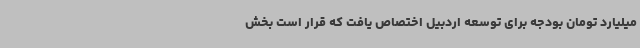
میلیارد تومان بودجه برای توسعه اردبیل اختصاص یافت که قرار است بخش